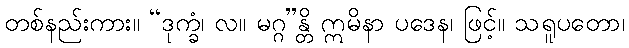
တစ်နည်းကား။ “ဒုက္ခံ၊ လ။ မဂ္ဂ”န္တိ ဣမိနာ ပဒေန၊ ဖြင့်။ သရူပတော၊